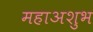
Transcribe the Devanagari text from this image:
महाअशुभ